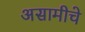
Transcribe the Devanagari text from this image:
असामीचे